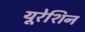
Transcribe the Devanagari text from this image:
यूरेशिन